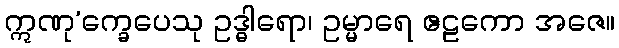
ဣဏု’က္ခေပေသု ဥဒ္ဓါရော၊ ဥမ္မာရေ ဧဠကော အဇေ။